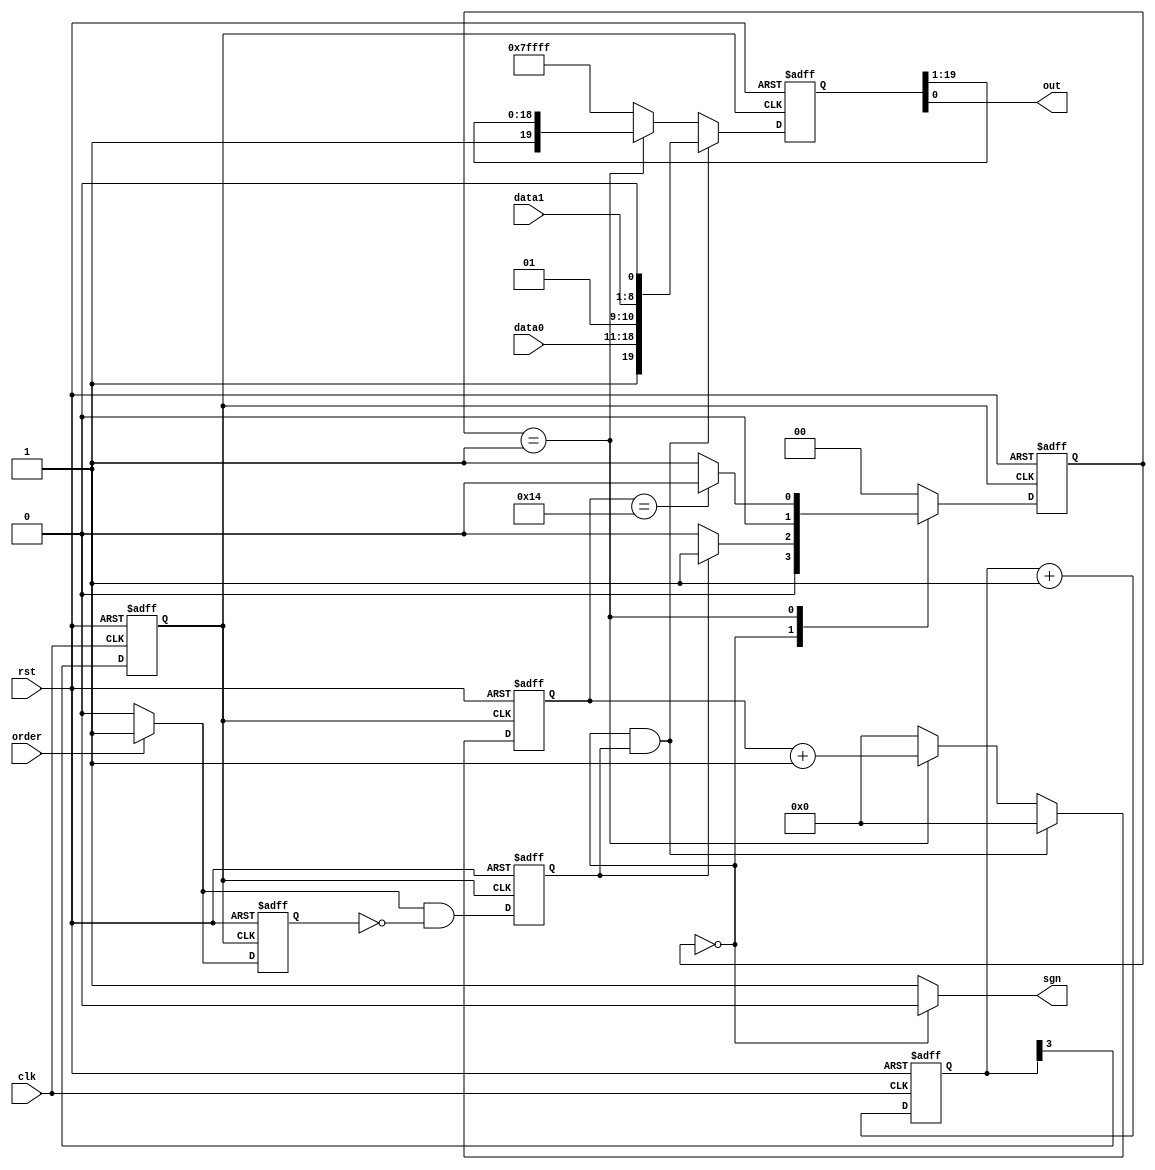
module send1
(
  input clk,
  input rst,
  input order,
  input [7:0]data1,
  input [7:0]data0,
  
  output out,
  output sgn
);

  reg r_buf,r_rising;
  reg [4:0]div_cnt;  //
  reg div_clk;  //
 
  reg [1:0]state,state0;  
  reg [4:0]shift_cnt;
  reg [19:0]shift;
  reg r_order;
  
  reg [7:0]r_data;
  reg r_error;

  assign out=shift[0];
  assign sgn=(state==0)?0:1;
  
always @ (posedge clk or negedge rst)  //16
   begin
    if(!rst)
	   begin
	     div_cnt<=0;
		  div_clk<=0;
		end
	 else
	   begin
		  div_cnt<=div_cnt+1;
		  div_clk<=div_cnt[3];  
		end
  end
 
 always @ (data1 or data0)
    begin
	    if (order)
		   r_order<=1;
		else
		   r_order<=0;
	end
 
 
 
 
 always @ (posedge div_clk or negedge rst) //
  begin
    if(!rst)
	   begin
	     r_buf<=0;
		  r_rising<=0;
		end
	 else
	   begin
		  r_buf<=r_order;
		  r_rising=r_order&(~r_buf); //orderr_rising1
		end
  end

always @ (posedge div_clk or negedge rst)
  begin
    if (!rst)
       state<=0;
	 else state<=state0;	
  end

always @ (*)
  begin
    case(state)
	   0: if (r_rising)   //order1
	           state0<=1;
			   else 
			     state0<=0;
		1: if (shift_cnt==20)  //0
			  state0<=0;
			else 
			  state0<=1;  //
		default:state0<=0;
	 endcase
  end

always @ (posedge div_clk or negedge rst)
  begin 
    if (!rst)
	   begin
		  shift<=20'b11111111111111111111;
		  shift_cnt<=0;
		end
    else
	   begin
		  if(state==0&&r_rising==1)    //
		    begin
			   shift_cnt<=0;
				shift<={{1'b1,data0,1'b0},{1'b1,data1,1'b0}};
			 end
		  else if (state==1)
		    begin
			   shift_cnt<=shift_cnt+1;
				shift<={1'b1,shift[19:1]};  //
			 end
		  else
		    begin
			   shift<=20'b1111111111111111111;
		      shift_cnt<=0;
			 end
		end
	end
	
endmodule